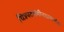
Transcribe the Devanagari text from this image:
चित्रपटसंगीताप्रमाणेच